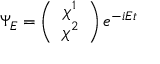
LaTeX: \Psi _ { E } = \left( \begin{array} { c } { { \chi ^ { 1 } } } \\ { { \chi ^ { 2 } } } \end{array} \right) e ^ { - i E t }